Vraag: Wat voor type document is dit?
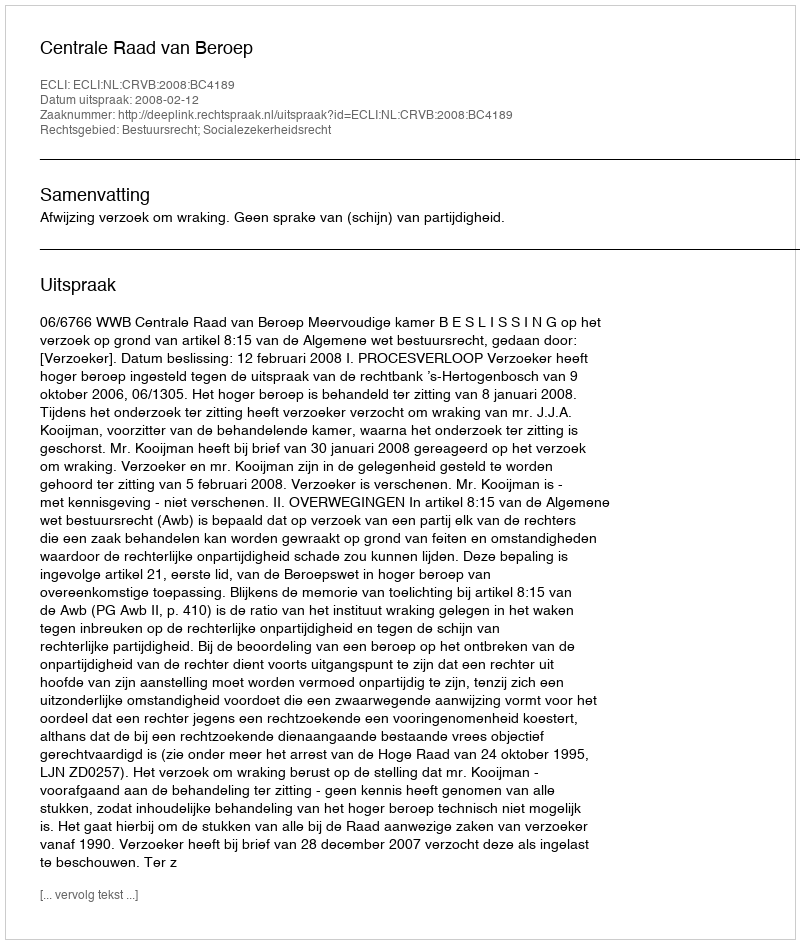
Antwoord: Uitspraak